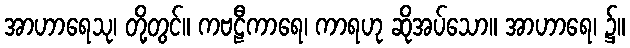
အာဟာရေသု၊ တို့တွင်။ ကဗဠီကာရေ၊ ကာရဟု ဆိုအပ်သော။ အာဟာရေ၊ ၌။